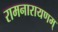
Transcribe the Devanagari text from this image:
रामनारायणम्